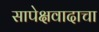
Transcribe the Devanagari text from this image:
सापेक्षवादाचा